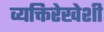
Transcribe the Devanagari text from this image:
व्यक्तिरेखेशी